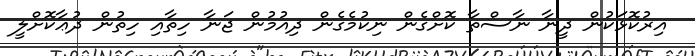
އިރުކޮޅަކުން ދީނާ ނާސްތާ ކޮށްގެން ނިކުމެގެން ދިއުމުން ޖަނާ ހިތާއި ހިތުން ދުޢާކޮށްލީ